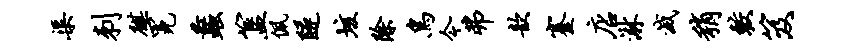
渠刺麒冕蠡簋佩隧垓除鸟今弗歆蹇店淋灭稍较笈